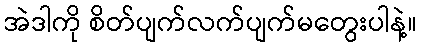
အဲဒါကို စိတ်ပျက်လက်ပျက်မတွေးပါနဲ့။